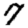
Digit: 7